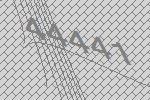
44441